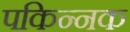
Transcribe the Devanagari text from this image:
पकिन्नक